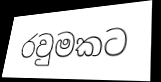
රවුමකට